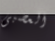
العصبى